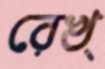
রেখ্